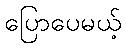
ပြောပေမယ့်